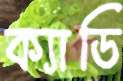
ক্যাডি